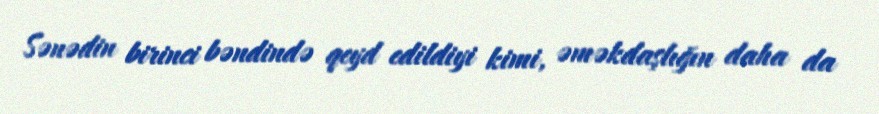
Sənədin birinci bəndində qeyd edildiyi kimi, əməkdaşlığın daha da